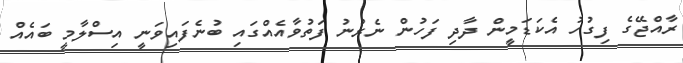
ރާއްޖޭގެ ފިގުހު އެކަޑަަމީން ދާދި ފަހުން ނެރުނު ފަތުވާއެއްގައި ބުނެފައިވަނީ އިސްލާމީ ބައެއް